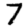
Digit: 7